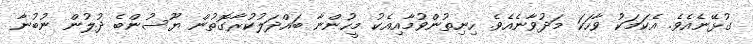
ގުޅޭނެއެވެ. އެކަމަކު ވާހަކަ މަދުވާނެއެވެ. ހިނިތުންވުމާއިއެކު މީހުންނާ ބައްދަލުކުރާގޮތުން ޔޫސުންބެ ދުލުން ނުބުނާ